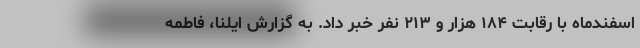
اسفندماه با رقابت ۱۸۴ هزار و ۲۱۳ نفر خبر داد. به گزارش ایلنا، فاطمه